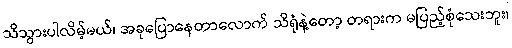
သိသွားပါလိမ့်မယ်၊ အခုပြောနေတာလောက် သိရုံနဲ့တော့ တရားက မပြည့်စုံသေးဘူး၊